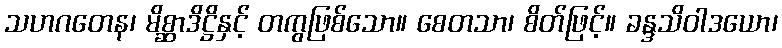
သဟဂတေန၊ မိစ္ဆာဒိဋ္ဌိနှင့် တကွဖြစ်သော။ စေတသာ၊ စိတ်ဖြင့်။ ခန္ဒသိဝါဒယော၊